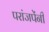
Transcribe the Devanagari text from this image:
परांजपेंनी